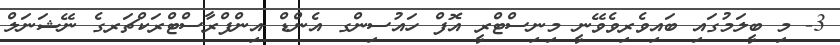
3- މި ބީލަމުގައި ބައިވެރިވެވޭނީ މިނިސްޓްރީ އޮފް ހައުސިންގ އެންޑް އިންފްރާސްޓްރަކްޗަރގެ ނޭޝަނަލް